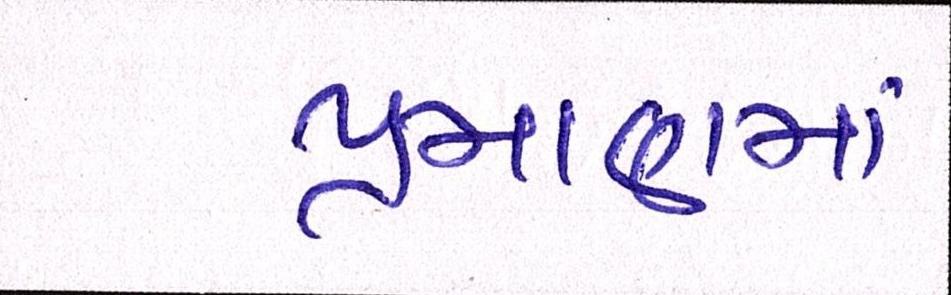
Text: પ્રમાણમાં